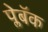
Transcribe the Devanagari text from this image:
प्लेबॅक